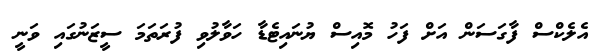
އެލެކްސް ފާގަސަން އަށް ފަހު މޮއިސް ޔުނައިޓެޑާ ހަވާލުވި ފުރަތަމަ ސީޒަނުގައި ވަނީ